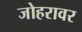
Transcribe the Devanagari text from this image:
जोहरावर